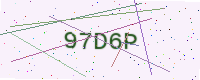
Text: 97D6P